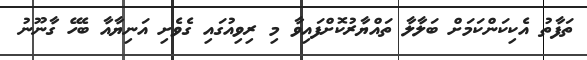
ތަފާތު އެކިކަންކަމަށް ބަލާލާ ތައްޔާރުކޮށްފައިވާ މި ރިވިއުގައި ގެވެށި އަނިޔާއާ ބެހޭ ގާނޫނު